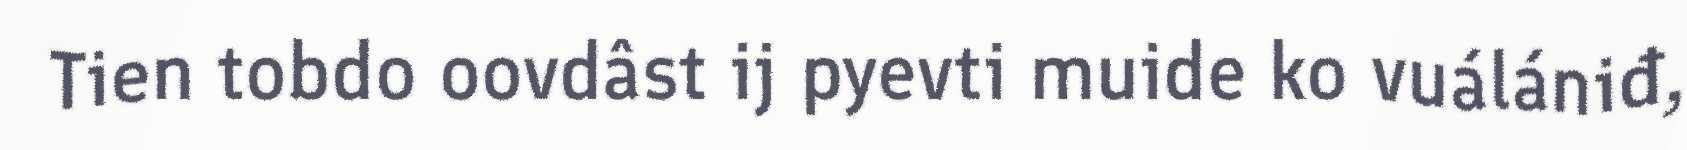
Tien tobdo oovdâst ij pyevti muide ko vuálániđ,